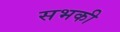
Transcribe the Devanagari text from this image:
सभकी